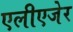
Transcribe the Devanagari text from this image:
एलीएजेर